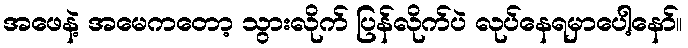
အဖေနဲ့ အမေကတော့ သွားလိုက် ပြန်လိုက်ပဲ လုပ်နေရမှာပေါ့နော်။